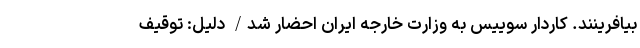
بیافرینند. کاردار سوییس به وزارت خارجه ایران احضار شد/ دلیل: توقیف